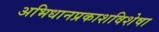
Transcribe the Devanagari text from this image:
अभिधानप्रकाशविशेषा